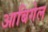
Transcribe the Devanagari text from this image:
आबिगेल